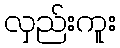
လှည်းကူး